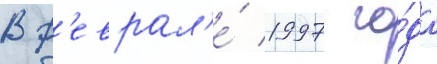
В ф'еврал'е́ 1997 го́да